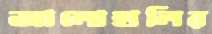
আলোহালির